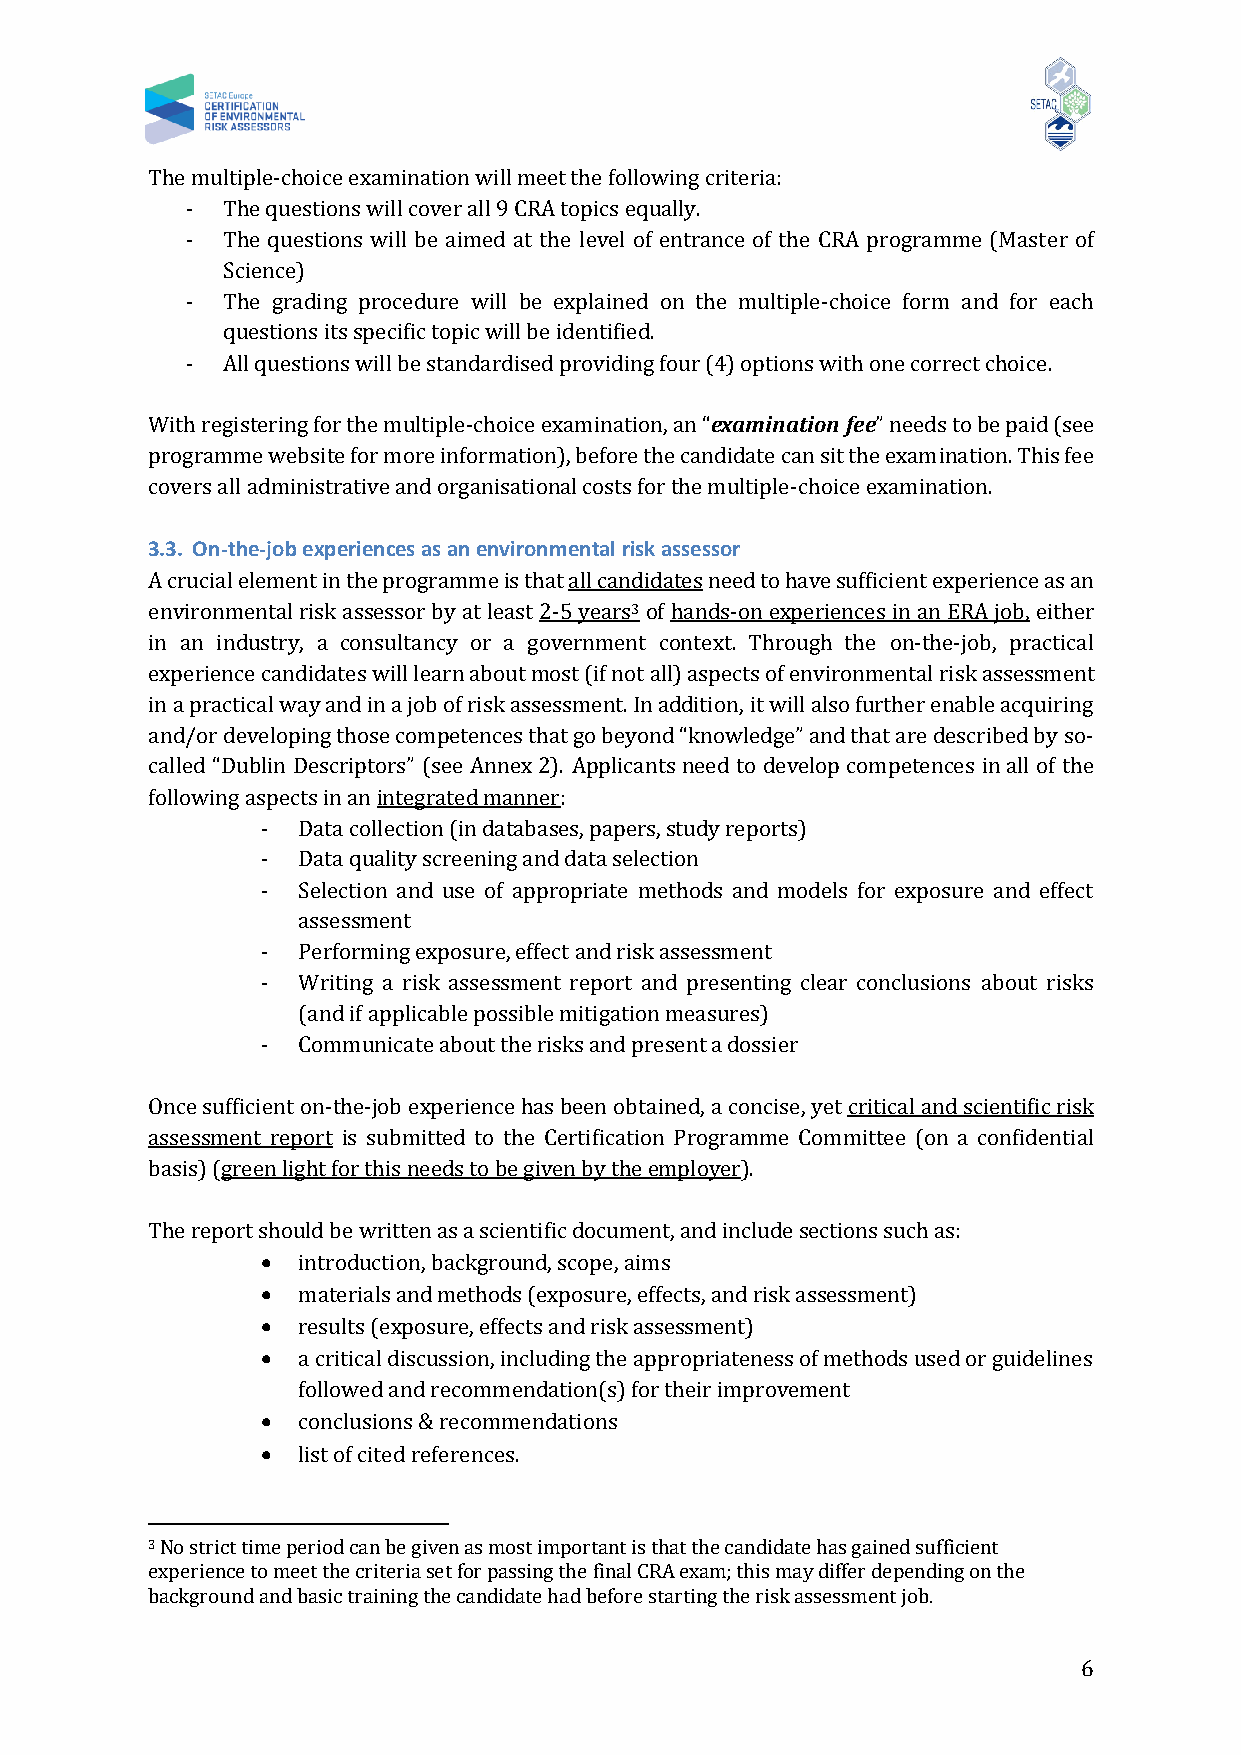
The multiple-choice examination will meet the following criteria:
 -  The questions will cover all 9 CRA topics equally.
 -  The questions will be aimed at the level of entrance of the CRA programme (Master of
 Science)
 -  The grading procedure will be explained on the multiple-choice form and for each
 questions its specific topic will be identified.
 -  All questions will be standardised providing four (4) options with one correct choice.
 With registering for the multiple-choice examination, an “examination fee” needs to be paid (see
 programme website for more information), before the candidate can sit the examination. This fee
 covers all administrative and organisational costs for the multiple-choice examination.
 3.3. On-the-job experiences as an environmental risk assessor
 A crucial element in the programme is that all candidates need to have sufficient experience as an
 environmental risk assessor by at least 2-5 years3 of hands-on experiences in an ERA job, either
 in an industry, a consultancy or a government context. Through the on-the-job, practical
 experience candidates will learn about most (if not all) aspects of environmental risk assessment
 in a practical way and in a job of risk assessment. In addition, it will also further enable acquiring
 and/or developing those competences that go beyond “knowledge” and that are described by so-
 called “Dublin Descriptors” (see Annex 2). Applicants need to develop competences in all of the
 following aspects in an integrated manner:
 -  Data collection (in databases, papers, study reports)
 -  Data quality screening and data selection
 -  Selection and use of appropriate methods and models for exposure and effect
 assessment
 -  Performing exposure, effect and risk assessment
 -  Writing a risk assessment report and presenting clear conclusions about risks
 (and if applicable possible mitigation measures)
 -  Communicate about the risks and present a dossier
 Once sufficient on-the-job experience has been obtained, a concise, yet critical and scientific risk
 assessment report is submitted to the Certification Programme Committee (on a confidential
 basis) (green light for this needs to be given by the employer).
 The report should be written as a scientific document, and include sections such as:
 •  introduction, background, scope, aims
 •  materials and methods (exposure, effects, and risk assessment)
 •  results (exposure, effects and risk assessment)
 •  a critical discussion, including the appropriateness of methods used or guidelines
 followed and recommendation(s) for their improvement
 •  conclusions & recommendations
 •  list of cited references.
 3 No strict time period can be given as most important is that the candidate has gained sufficient
 experience to meet the criteria set for passing the final CRA exam; this may differ depending on the
 background and basic training the candidate had before starting the risk assessment job.
 6